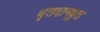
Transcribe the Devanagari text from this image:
धृतदानव्रत